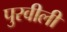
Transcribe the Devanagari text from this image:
पुरवीली